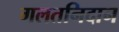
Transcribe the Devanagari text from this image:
गलतनिदान